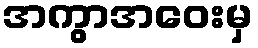
အကွာအဝေးမှ